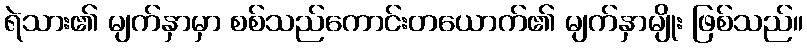
ရဲသား၏ မျက်နှာမှာ စစ်သည်ကောင်းတယောက်၏ မျက်နှာမျိုး ဖြစ်သည်။